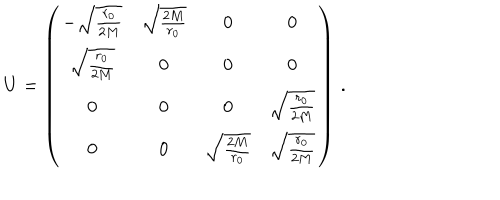
U = \left( \begin{array} { c c c c } { { - \sqrt { \frac { r _ { 0 } } { 2 M } } } } & { { \sqrt { \frac { 2 M } { r _ { 0 } } } } } & { { 0 } } & { { 0 } } \\ { { \sqrt { \frac { r _ { 0 } } { 2 M } } } } & { { 0 } } & { { 0 } } & { { 0 } } \\ { { 0 } } & { { 0 } } & { { 0 } } & { { \sqrt { \frac { r _ { 0 } } { 2 M } } } } \\ { { 0 } } & { { 0 } } & { { \sqrt { \frac { 2 M } { r _ { 0 } } } } } & { { \sqrt { \frac { r _ { 0 } } { 2 M } } } } \\ \end{array} \right) \, .